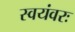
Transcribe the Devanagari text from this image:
स्वयंवरः